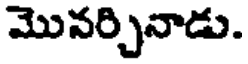
మొవర్చినాడు.